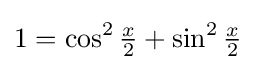
1=\cos ^{2}{\tfrac {x}{2}}+\sin ^{2}{\tfrac {x}{2}}